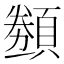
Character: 𬱋